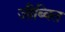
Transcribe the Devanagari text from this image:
जीब्वित